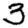
Digit: 3